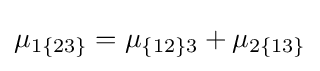
\mu _{1\{23\}}=\mu _{\{12\}3}+\mu _{2\{13\}}